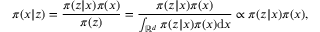
\pi ( x | z ) = \frac { \pi ( z | x ) \pi ( x ) } { \pi ( z ) } = \frac { \pi ( z | x ) \pi ( x ) } { \int _ { \mathbb { R } ^ { d } } \pi ( z | x ) \pi ( x ) \mathrm { d } x } \propto \pi ( z | x ) \pi ( x ) ,